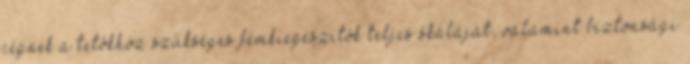
cégnek a tetôkhöz szükséges fémkiegészítôk teljes skáláját, valamint biztonsági